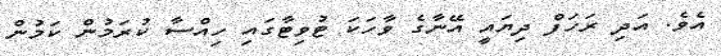
އެވެ. އަދި ރަހަފް ދިޔައީ އޭނާގެ ވާހަކަ ޓުވިޓާގައި ހިއްސާ ކުރަމުން ކަމުން